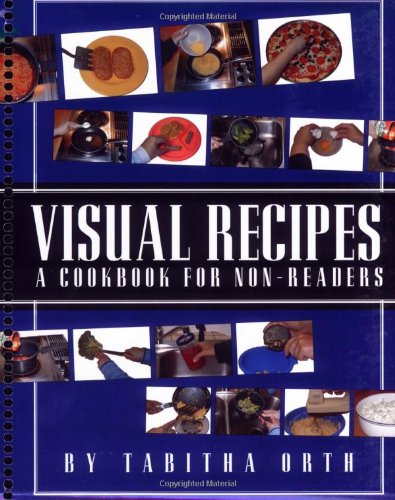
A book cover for Visual Recipes: A Cookbook for Non-Readers; Tabitha Orth; Health, Fitness & Dieting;